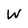
Character: W